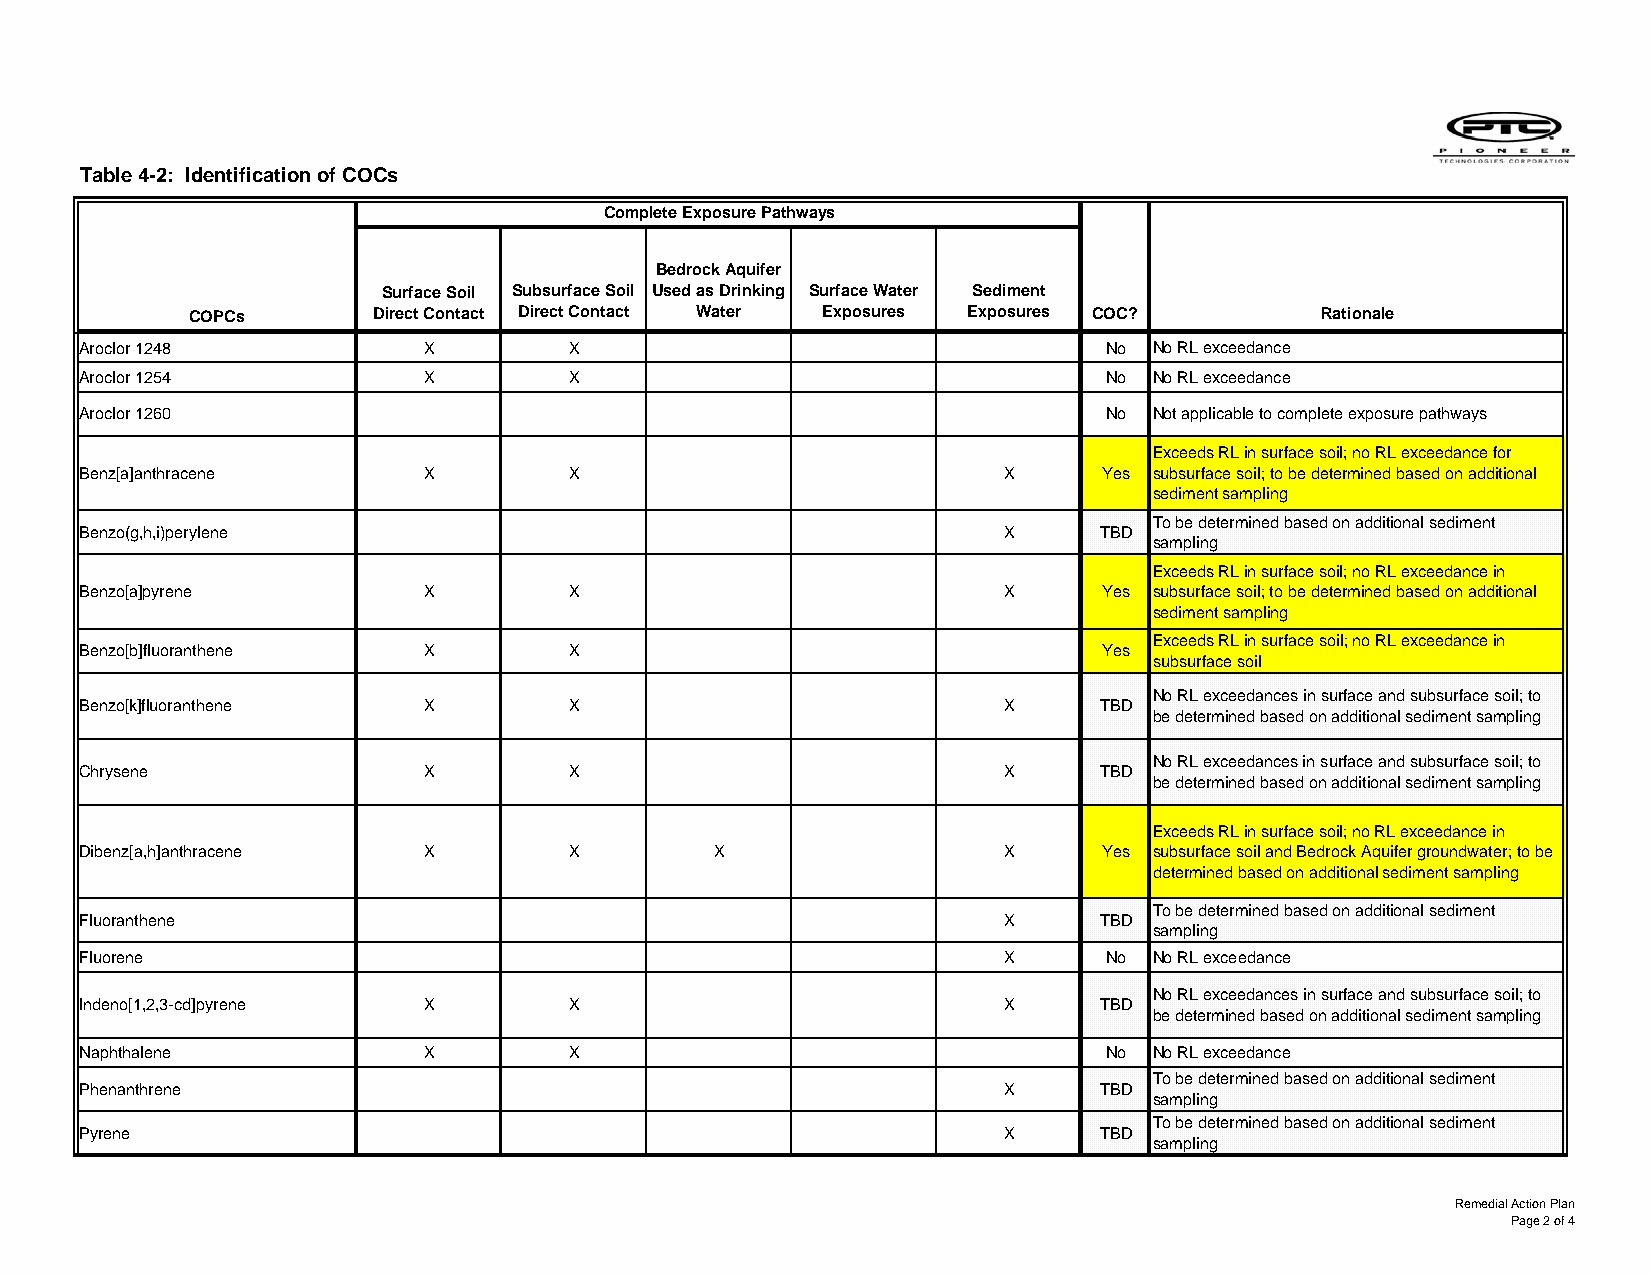
Table 4-2: Identification of COCs
 Complete Exposure Pathways
 Bedrock Aquifer
 Surface Soil Subsurface Soil Used as Drinking Surface Water Sediment
 COPCs       Direct Contact Direct Contact Water Exposures Exposures COC?   Rationale
 Aroclor 1248           X        X                                   No No RL exceedance
 Aroclor 1254           X        X                                   No No RL exceedance
 Aroclor 1260                                                        No Not applicable to complete exposure pathways
 Exceeds RL in surface soil; no RL exceedance for
 Benz[a]anthracene      X        X                            X      Yes subsurface soil; to be determined based on additional
 sediment sampling
 To be determined based on additional sediment
 Benzo(g,h,i)perylene                                         X     TBD
 sampling
 Exceeds RL in surface soil; no RL exceedance in
 Benzo[a]pyrene         X        X                            X      Yes subsurface soil; to be determined based on additional
 sediment sampling
 Exceeds RL in surface soil; no RL exceedance in
 Benzo[b]fluoranthene   X        X                                   Yes
 subsurface soil
 No RL exceedances in surface and subsurface soil; to
 Benzo[k]fluoranthene   X        X                            X     TBD
 be determined based on additional sediment sampling
 No RL exceedances in surface and subsurface soil; to
 Chrysene               X        X                            X     TBD
 be determined based on additional sediment sampling
 Exceeds RL in surface soil; no RL exceedance in
 Dibenz[a,h]anthracene  X        X         X                  X      Yes subsurface soil and Bedrock Aquifer groundwater; to be
 determined based on additional sediment sampling
 To be determined based on additional sediment
 Fluoranthene                                                 X     TBD
 sampling
 Fluorene                                                     X      No No RL exceedance
 No RL exceedances in surface and subsurface soil; to
 Indeno[1,2,3-cd]pyrene X        X                            X     TBD
 be determined based on additional sediment sampling
 Naphthalene            X        X                                   No No RL exceedance
 To be determined based on additional sediment
 Phenanthrene                                                 X     TBD
 sampling
 To be determined based on additional sediment
 Pyrene                                                       X     TBD
 sampling
 Remedial Action Plan
 Page 2 of 4